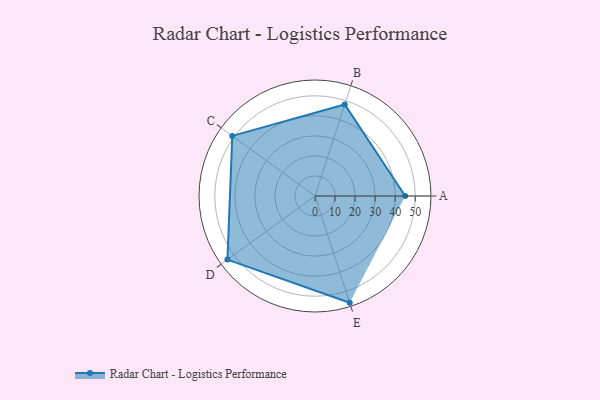
{"axis": {"x": "Skill", "y": "Score"}, "legend": ["Profile"], "data": [{"x": "A", "y": 45.0, "type": "Profile"}, {"x": "B", "y": 48.0, "type": "Profile"}, {"x": "C", "y": 51.0, "type": "Profile"}, {"x": "D", "y": 54.0, "type": "Profile"}, {"x": "E", "y": 56.0, "type": "Profile"}]}